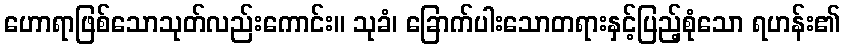
ဟောရာဖြစ်သောသုတ်လည်းကောင်း။ သုခံ၊ ခြောက်ပါးသောတရားနှင့်ပြည့်စုံသော ရဟန်း၏